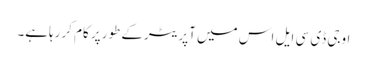
اوجی ڈی سی ایل اس میں آپریٹرکے طورپر کام کررہاہے۔